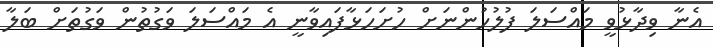
އެނާ ވިދާޅުވީ މައްސަލަ ފުލުހުންނަށް ހުށަހަޅާފައިވާނީ އެ މައްސަލަ ވަގުތުން ވަގުތަށް ބަލާ